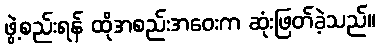
ဖွဲ့စည်းရန် ထိုအစည်းအဝေးက ဆုံးဖြတ်ခဲ့သည်။